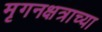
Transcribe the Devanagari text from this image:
मृगनक्षत्राच्या